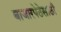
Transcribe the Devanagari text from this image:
बाजारपेठेसाठी